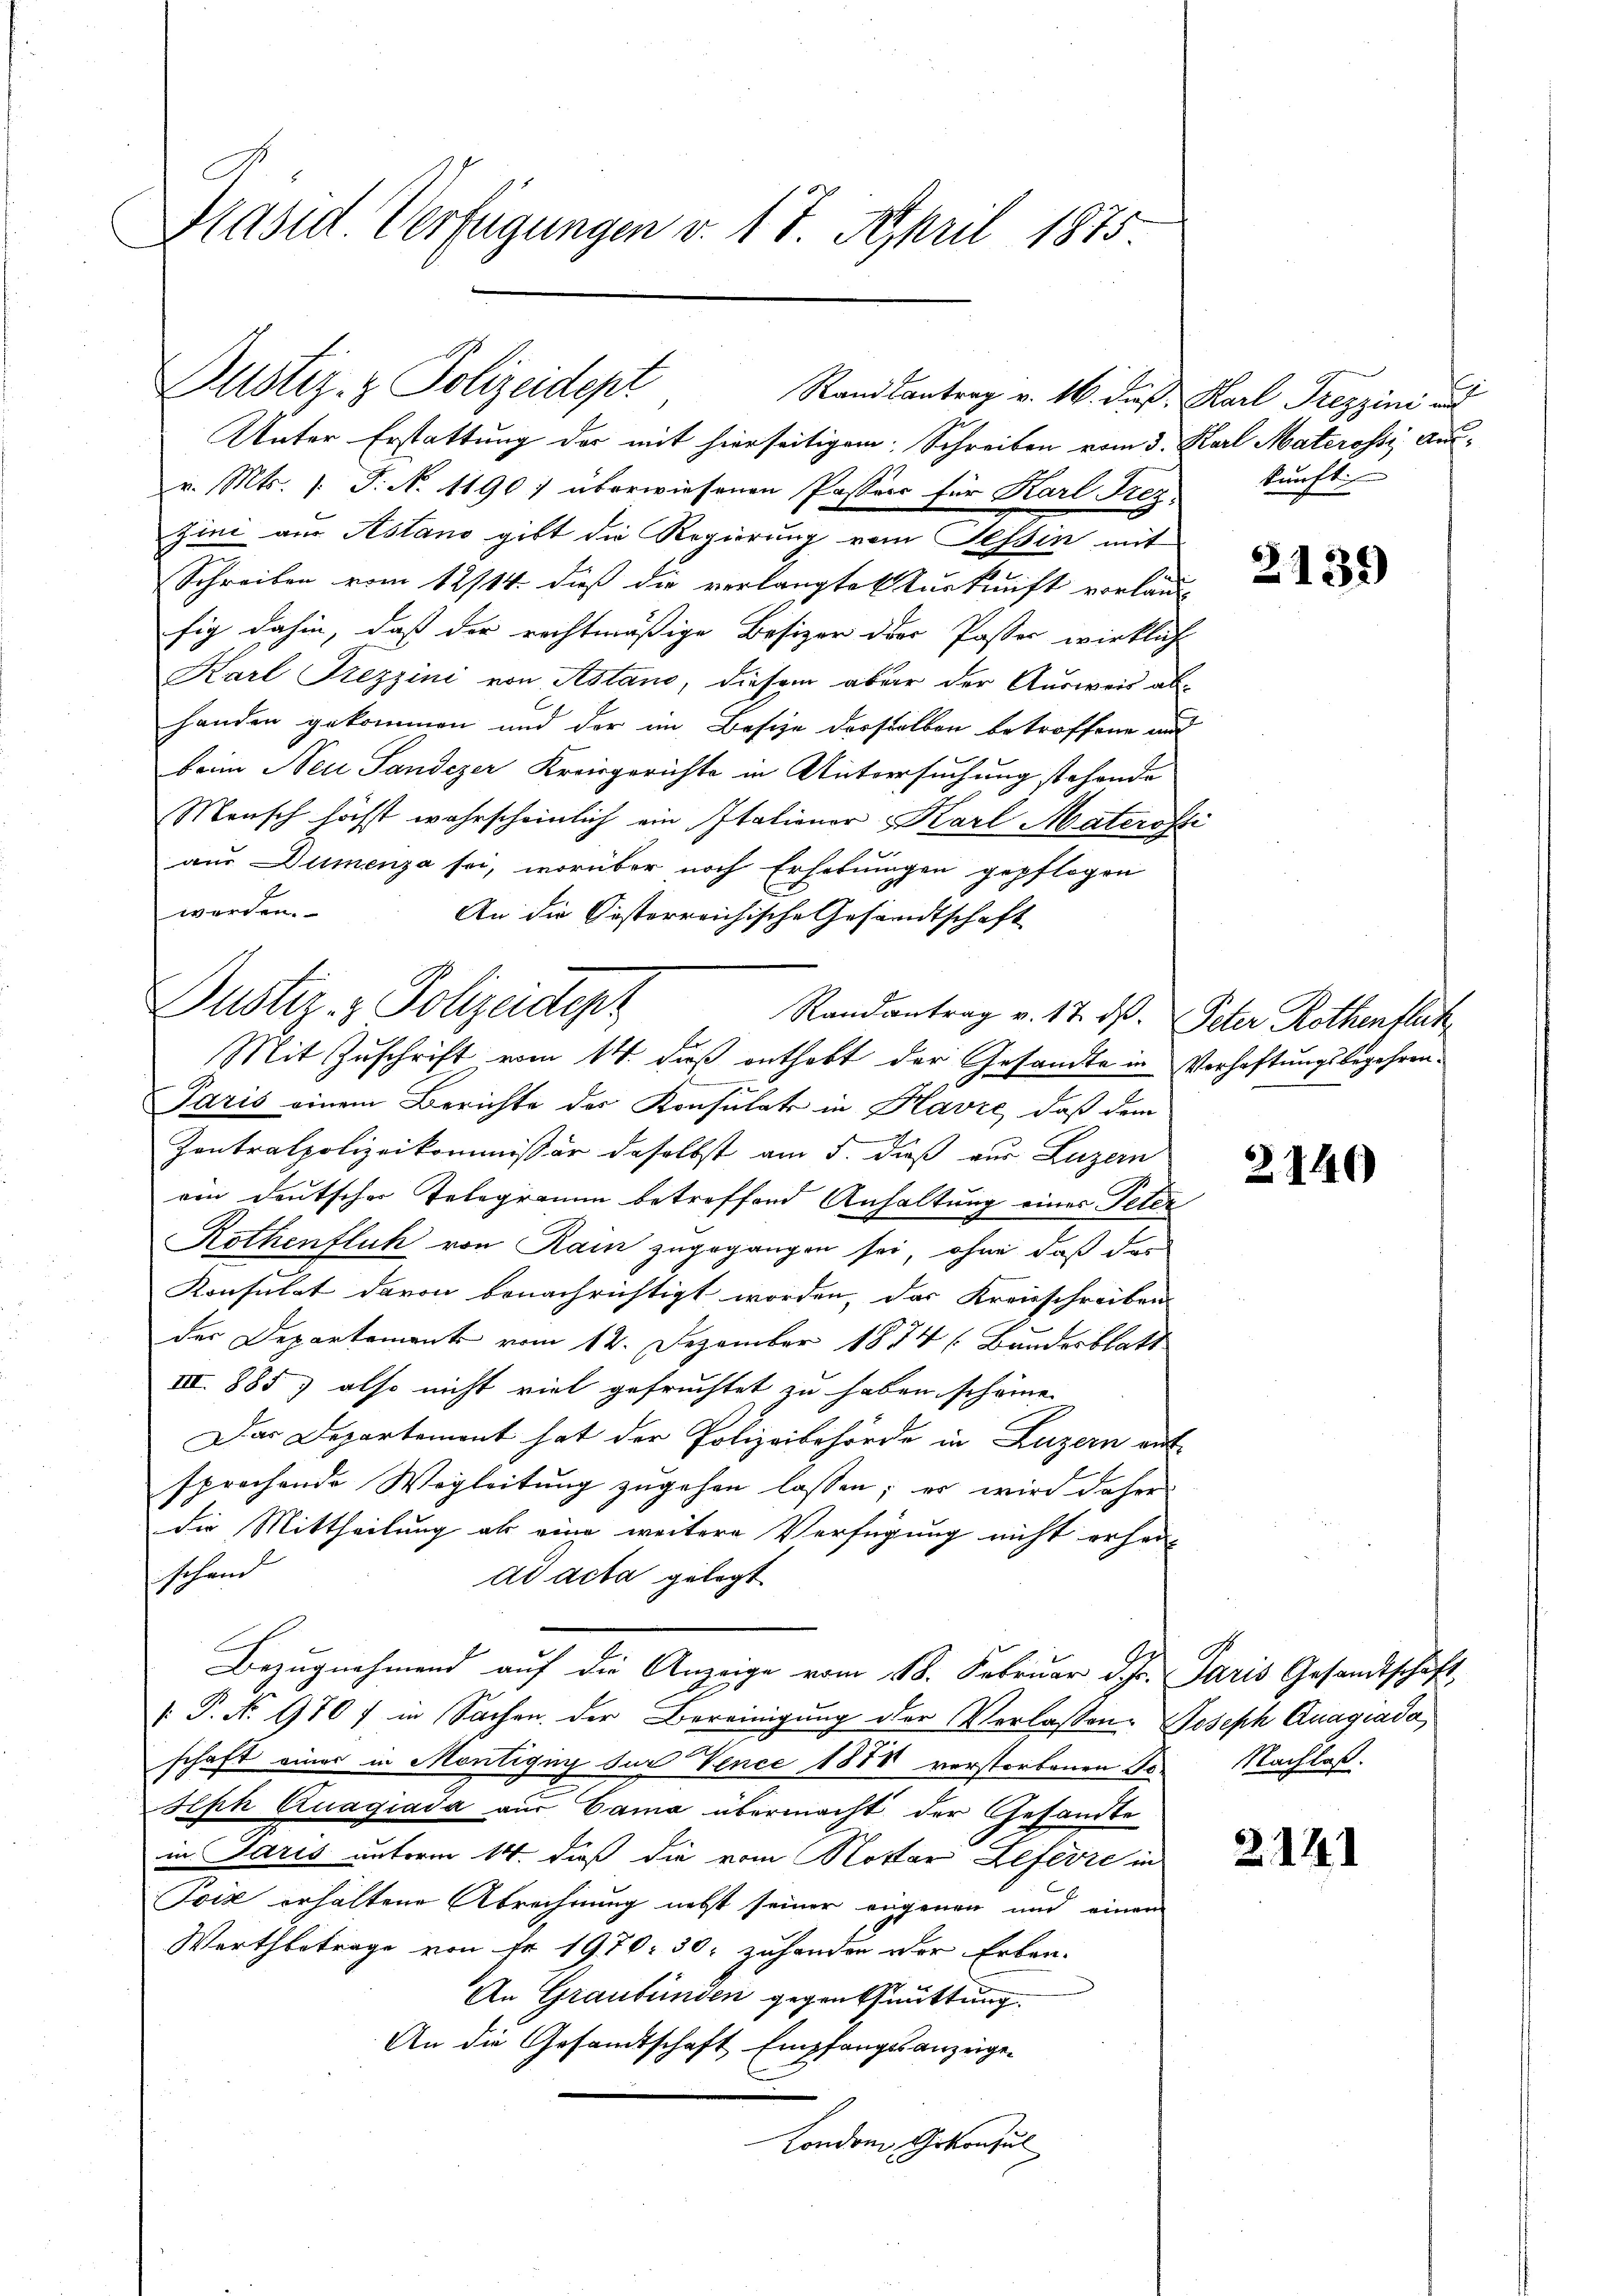
Präsid. Verfügungen v. 17. April 1875

Unter Erstattung der mit hierseitigem Schreiben vom 3. Karl Materossi Aus-
v. Mts. s. S. N. 11907 überwiesenen Passers für Karl Frez künfti
zine aus Astand gibt die Regierung vom Tessin mit
Schreiben vom 12/14. dieß die verlangte Kurkunft vorläu-
fig dahin, daß der rechtmäßige Besizer der Paster wirkliche
Karl Szezzini von Astand, diesem aber der Ausweis ab-
handen gekommen und der im Besize derstellen betroffene and
beim Neu Sandezer Kreisgerichte in Untersuchung stehende
Mensch höchst wahrscheinlich ein Italiener Karl Materosti
aus Dumenza sei, worüber noch Erhebungen gepflogen
werden.
An die Cisterreichische Gesandtschaft
Randantrag v. 17. ds. Peter Rothenflik
Mit Zuschrift vom 14. dieß enthebt der Gesandte in Verhaftungsbegehren¬
Paris einem Berichte der Konsulat in Havre, daß dem
Zentralpolizeikommissär daselbst am 5. dieß aus Luzern
von deutscher Telegramm betreffend Anhaltung eines Peter
Rothenfluh von Rain zugegangen sei, ohne daß das
Konsulat davon benachrichtigt worden, das Kreisschreiben
der Departement vom 12. Dezember 1874 (Bundesblatt
III. 885) also nicht viel gefruchtet zu haben scheine.
Das Departemont hat der Polizeibehörde in Luzern mit
sprochende Wegleitung zugehen lassen; es wird daher
t
die Mittheilung als eine weitere Verfügung nicht erher-
schand
ad acta gelegt
Bezugnahmend auf die Anzeige vom 18. Februar d.J. Paris Gesandtschaft,
 P. No. 970 / in Sachen der Bereinigung der Verlassen. Joseph Anagiada
schaft eines in Montigug der Vence 1878 verstorbenen Jo¬
Seph Quagiada aus Cama übermacht der Gesandte
in Paris unterm 14. daß die vom Notar Lefevre in
Toiz erhaltene Abrechnung nebst seiner eigenen und einem
Wartbetrage von Fr. 1970. 30. zuhanden der Erben-
An Graubünden gegen Brüttung
An die Gesandtschaft Empfangsanzeige-
London, Gekonsul

Dustiz- & Polizeidept
Randsantrag v. 16. dieß Karl Frezzini auf

Justiz- & Polizeistenz

2139)

2140

Nachlaß.

2141